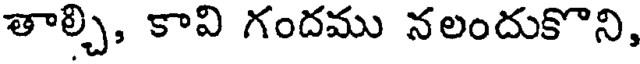
తాల్చి, కావి గందము నలందుకొని,